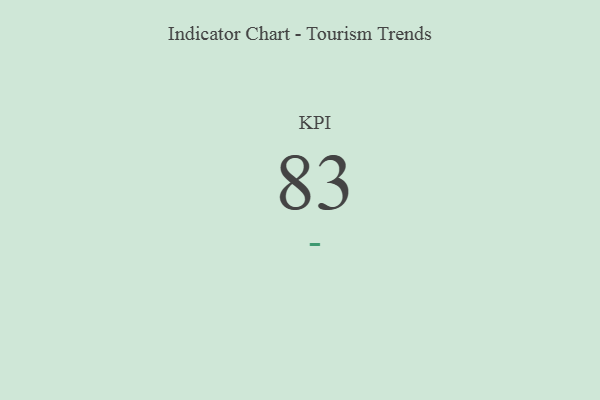
{"axis": {"x": "KPI", "y": "Value"}, "legend": [""], "data": [{"x": "KPI", "y": 83, "type": ""}]}